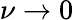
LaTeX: \nu\rightarrow 0